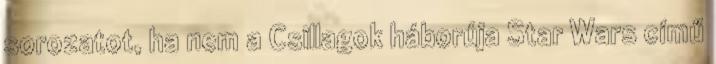
sorozatot, ha nem a Csillagok háborúja Star Wars című